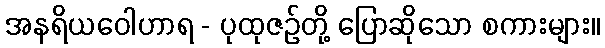
အနရိယဝေါဟာရ - ပုထုဇဉ်တို့ ပြောဆိုသော စကားများ။